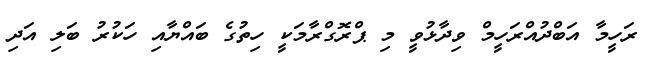
ރަހީމާ އަބްދުއްރަހީމް ވިދާޅުވީ މި ޕްރޮގްރާމަކީ ހިތުގެ ބައްޔާއި ހަކުރު ބަލި އަދި